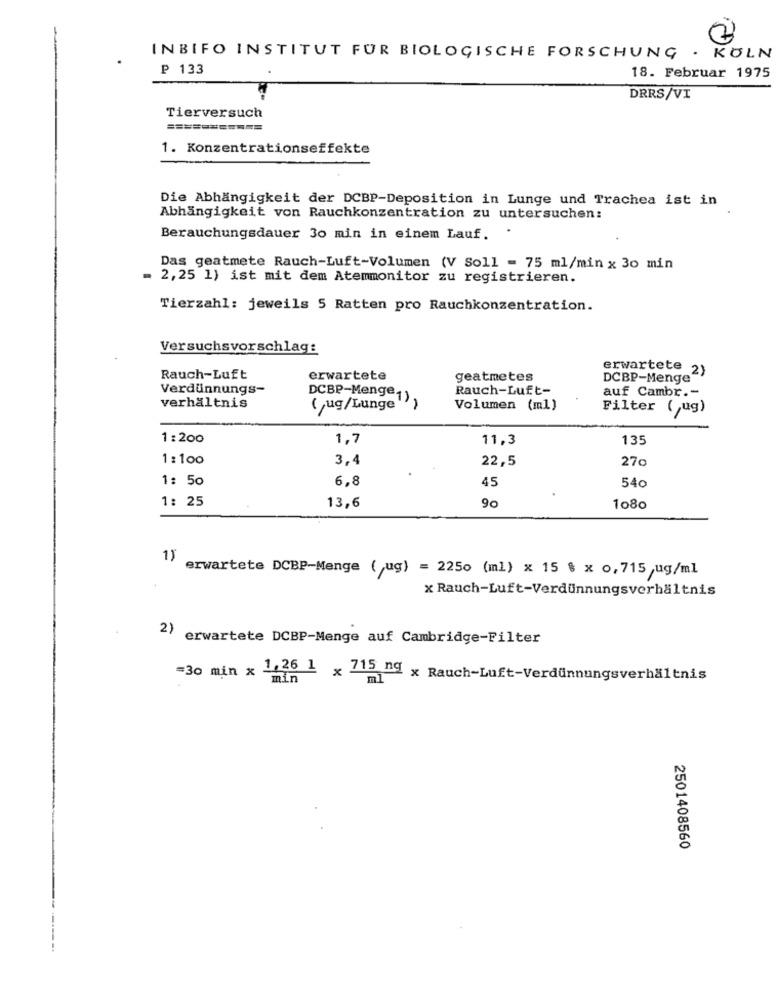
INBIFO INSTITUT FUR BIOLOGISCHE FORSCHUNG
. KÖLN
₽ 133
18. Februar 1975
DRRS/VI
Tierversuch
1. Konzentrationseffekte
Die Abhängigkeit der DCBP-Deposition in Lunge und Trachea ist in
Abhängigkeit von Rauchkonzentration zu untersuchen:
Berauchungsdauer 30 min in einem Lauf.
Das geatmete Rauch-Luft-Volumen (V Soll = 75 ml/min x 30 min
= 2,25 1) ist mit dem Atemmonitor zu registrieren.
Tierzahl: jeweils 5 Ratten pro Rauchkonzentration.
Versuchsvorschlag:
erwartete 2)
Rauch-Luft
erwartete
geatmetes
DCBP-Menge"
Verdünnungs-
Rauch-Luft-
auf Cambr .-
verhältnis
DCBP-Menge1) ,
(ug/Lunge
Volumen (ml)
Filter ( ug)
1:200
1,7
11,3
135
1: 100
3,4
22,5
27c
1: 50
6.8
45
540
1: 25
13,6
90
1080
erwartete DCBP-Menge ( ug) = 2250 (ml) x 15 % x 0,715 ,ug/ml
x Rauch-Luft-Verdünnungsverhältnis
2)
erwartete DCBP-Menge auf Cambridge-Filter
=30 min x min
. 1,26 1 × 715 ng x Rauch-Luft-Verdünnungsverhältnis
ml
2501408560